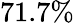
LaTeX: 71.7\%